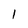
Character: 1